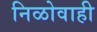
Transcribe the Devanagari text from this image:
निळोवाही